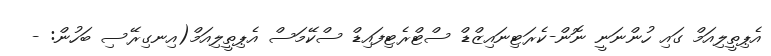
އެޕިތީލިއަމް ގައި ހުންނަނީ ނޮން-ކެރަޓިނައިޒްޑް ސްޓްރެޓިފައިޑް ސްކޭމަސް އެޕިތީލިއަމް(އިނގިރޭސި ބަހުން: -